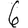
Digit: 6